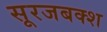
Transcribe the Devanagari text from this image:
सूरजबक्श